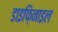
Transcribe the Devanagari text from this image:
डाइफ़िनाइल